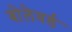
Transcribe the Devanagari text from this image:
बोलेवर्ड